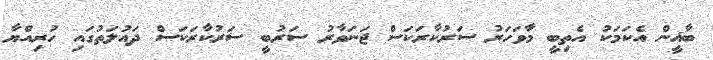
ބާޣީން އެކަމަކު އެތިބީ މާވަހަރު ސަރުކާރަކަސް ޖަނަވާރު ސަރުބީ ސަރުކާރަކަސް ދައުލަތުގައި ހުރިއްޔާ